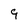
Character: 9